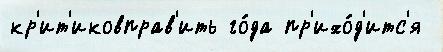
кр'ит'иковправ'ить го́да пр'ихо́д'итс'я